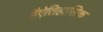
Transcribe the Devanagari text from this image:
हैऐतिहासिक